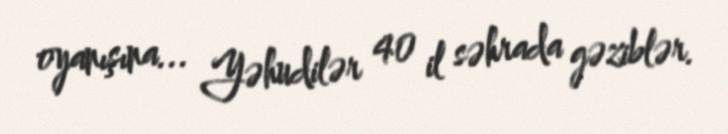
oyanışına... Yəhudilər 40 il səhrada gəziblər.